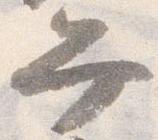
弁